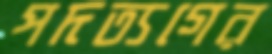
পদত্যগের